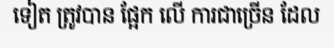
ទៀត ត្រូវបាន ផ្អែក លើ ការជាច្រើន ដែល